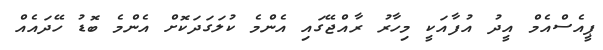
ޕީއެސްއެމް އީދު އުފާއަކީ މިހާރު ރާއްޖޭގައި އެންމެ ކުލަގަދަކޮށް އެންމެ ބޮޑު ހޭދައެއް